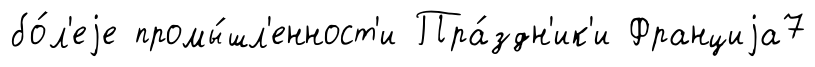
бо́л'еjе промы́шл'енност'и Пра́здн'ик'и Франциjа7